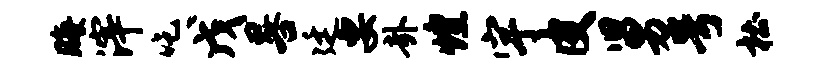
晦滓吃戊晷廷要卦煌宇皮舅号杜